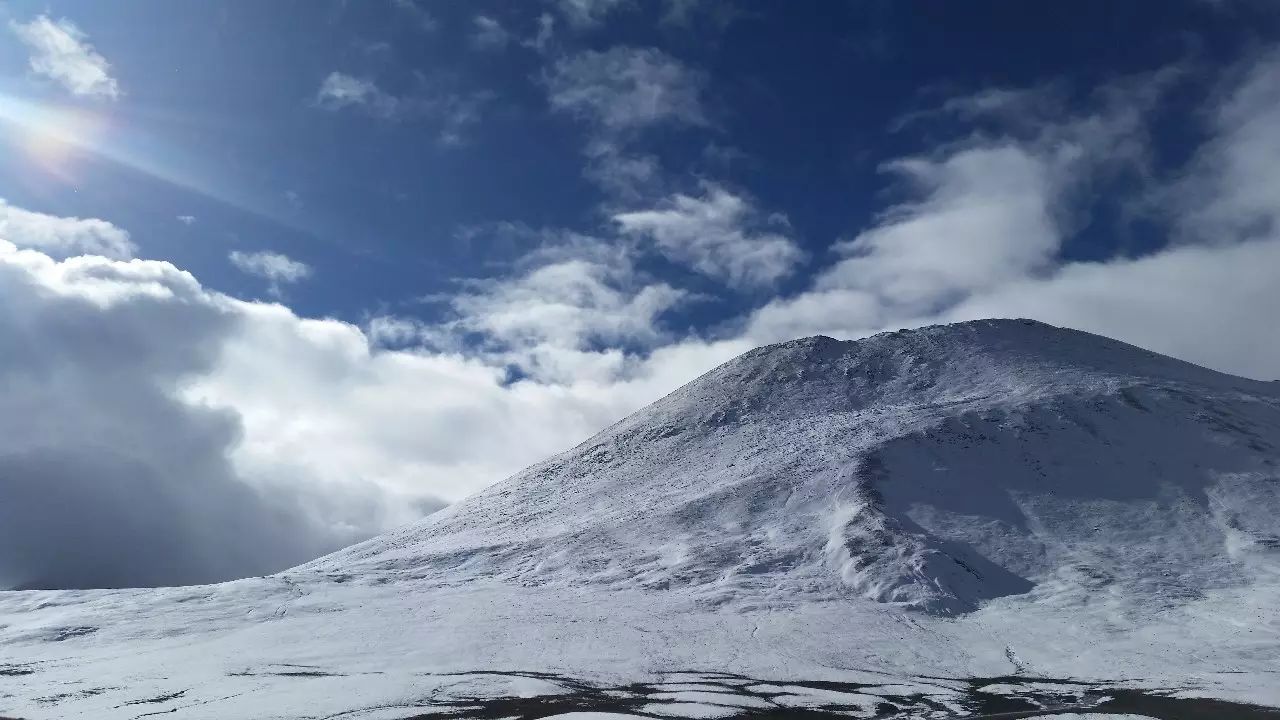
昆仑之高有积雪，蓬莱之远常遗寒。